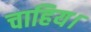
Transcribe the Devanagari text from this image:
चाहिय।